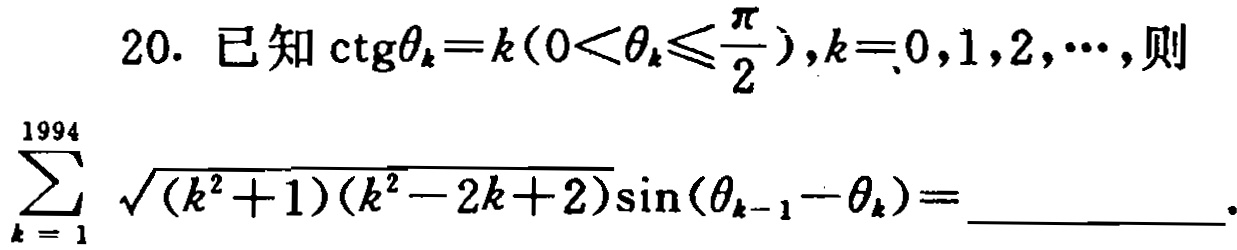
已知\(\text{ctg}\theta_{k}=k(0<\theta_{k}\leqslant\frac{\pi}{2}),k = 0,1,2,\cdots\)，则\(\sum_{k = 1}^{1994}\sqrt{(k^{2}+1)(k^{2}-2k + 2)}\sin(\theta_{k - 1}-\theta_{k})=\)  。